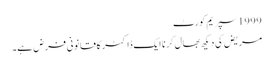
1999 سپریم کورٹ
مریض کی دیکھ بھال کرنا ایک ڈاکٹر کا قانونی فرض ہے۔